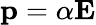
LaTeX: \mathbf{p}=\alpha\mathbf{E}